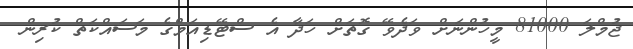
ޖުމްލަ 81000 މީހުންނަށް ވަދެވޭ ގޮތަށް ހަދާ އެ ސްޓޭޑިއަމްގެ މަސައްކަތް ކުރިން